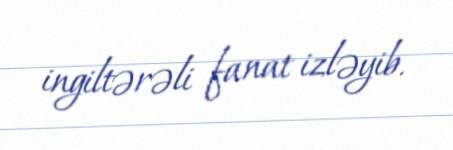
ingiltərəli fanat izləyib.